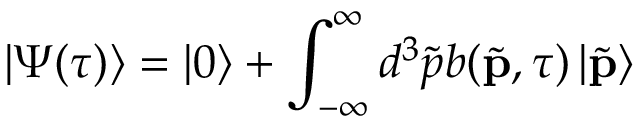
\left| \Psi ( \tau ) \right\rangle = \left| 0 \right\rangle + \int _ { - \infty } ^ { \infty } d ^ { 3 } \tilde { p } b ( \tilde { \mathbf { p } } , \tau ) \left| \tilde { \mathbf { p } } \right\rangle